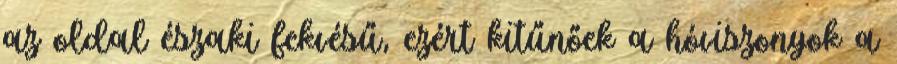
az oldal északi fekvésű, ezért kitűnőek a hóviszonyok a